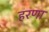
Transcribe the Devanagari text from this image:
हरणा